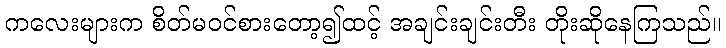
ကလေးများက စိတ်မဝင်စားတော့၍ထင့် အချင်းချင်းတီး တိုးဆိုနေကြသည်။